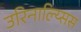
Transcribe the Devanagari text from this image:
उरिनाल्य्सिस